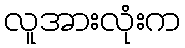
လူအားလုံးက